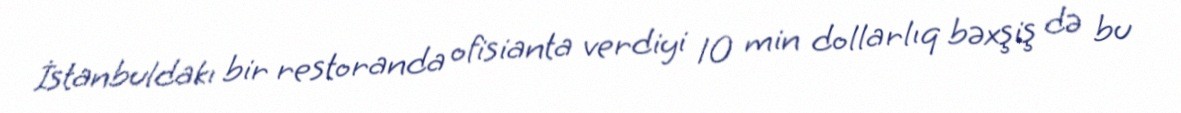
İstanbuldakı bir restoranda ofisianta verdiyi 10 min dollarlıq bəxşiş də bu